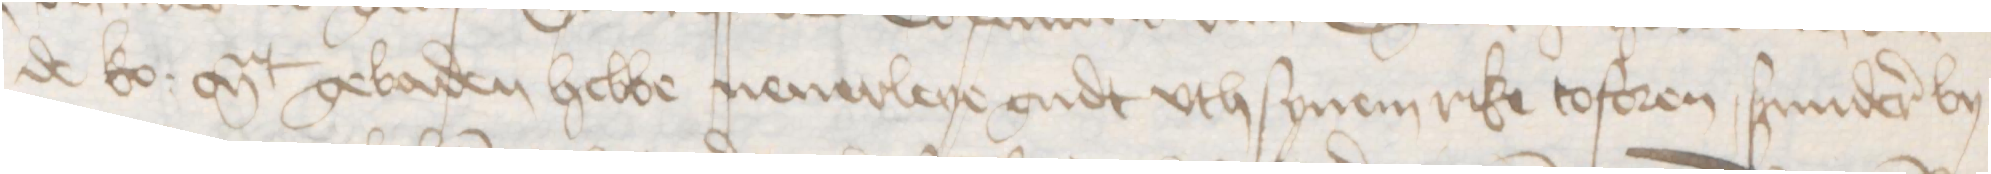
de ko: Mt gebaden hebbe nenerleye gudt vth synem rike toforen, sunderer by